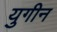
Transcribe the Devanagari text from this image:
युगीन